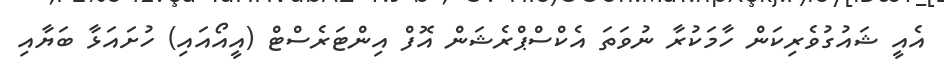
އެއީ ޝައުގުވެރިކަން ހާމަކުރާ ނުވަތަ އެކްސްޕްރެޝަން އޮފް އިންޓަރެސްޓް (އީއޯއައި) ހުށައަޅާ ބަޔާއި